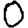
Digit: 0